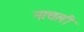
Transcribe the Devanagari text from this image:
नाचली